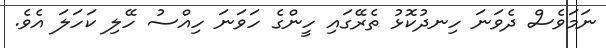
ނަމަވެސް ދެވަނަ ހިނދުކޮޅު ތެރޭގައި ހީންގެ ހަވަނަ ހިއްސު ހޭލި ކަހަލަ އެވެ.